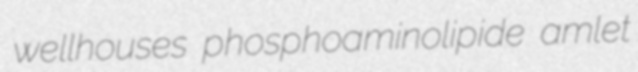
wellhouses phosphoaminolipide amlet